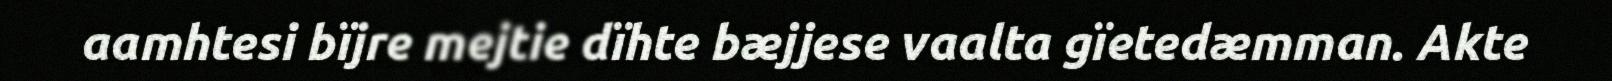
aamhtesi bïjre mejtie dïhte bæjjese vaalta gïetedæmman. Akte